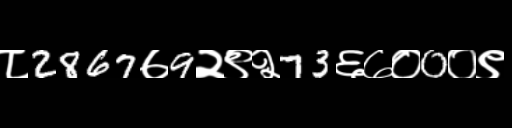
Text: ८2867७9२९२73६७०0०९